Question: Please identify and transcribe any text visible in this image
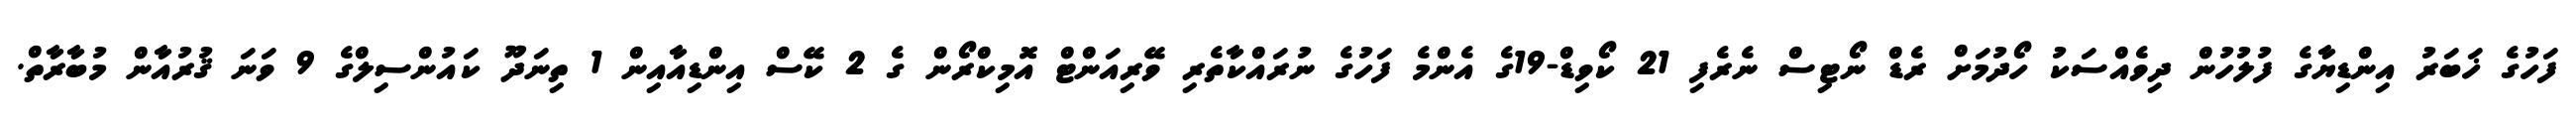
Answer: ފަހުގެ ޚަބަރު އިންޑިޔާގެ ފުލުހުން ދިވެއްސަކު ހޯދުމަށް ރެޑް ނޯޓިސް ނެރެފި 21 ކޯވިޑް-19ގެ އެންމެ ފަހުގެ ނުރައްކާތެރި ވޭރިއަންޓް އޮމިކްރޯން ގެ 2 ކޭސް އިންޑިއާއިން 1 ތިނަދޫ ކައުންސިލްގެ 9 ވަނަ ޤުރުއާން މުބާރާތް.